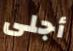
أجلى